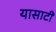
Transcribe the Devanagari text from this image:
यासाटी